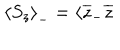
\left\langle S _ { z } \right\rangle _ { - } = \langle \overline { { { z } } } _ { - } \overline { { { z } } }